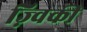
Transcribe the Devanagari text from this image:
ज़्विकी